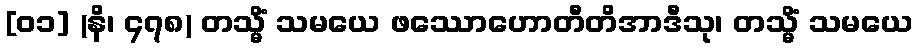
[၀၁] (နိ၊ ၄၇၈) တသ္မိံ သမယေ ဖဿောဟောတီတိအာဒီသု၊ တသ္မိံ သမယေ